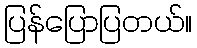
ပြန်ပြောပြတယ်။